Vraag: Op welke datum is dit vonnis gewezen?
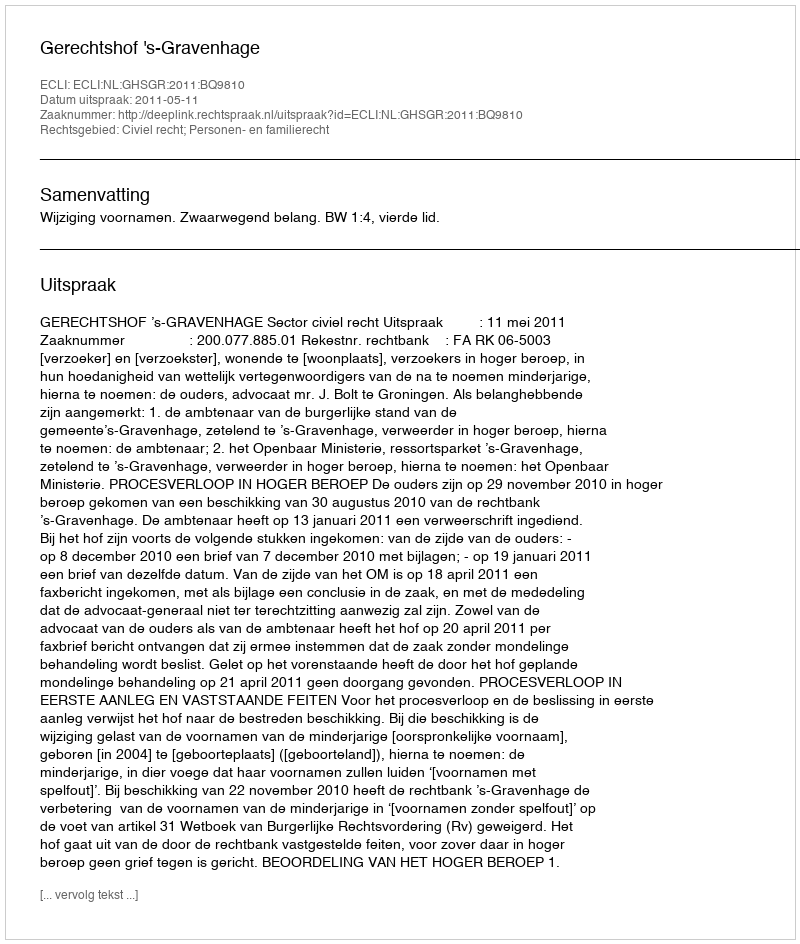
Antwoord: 2011-05-11